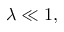
\lambda \ll 1 ,